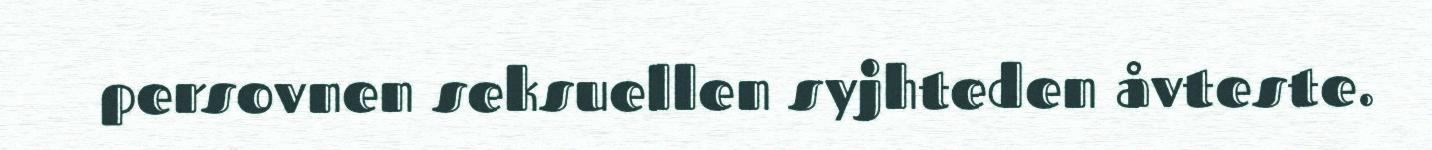
persovnen seksuellen syjhteden åvteste.